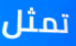
تمثل